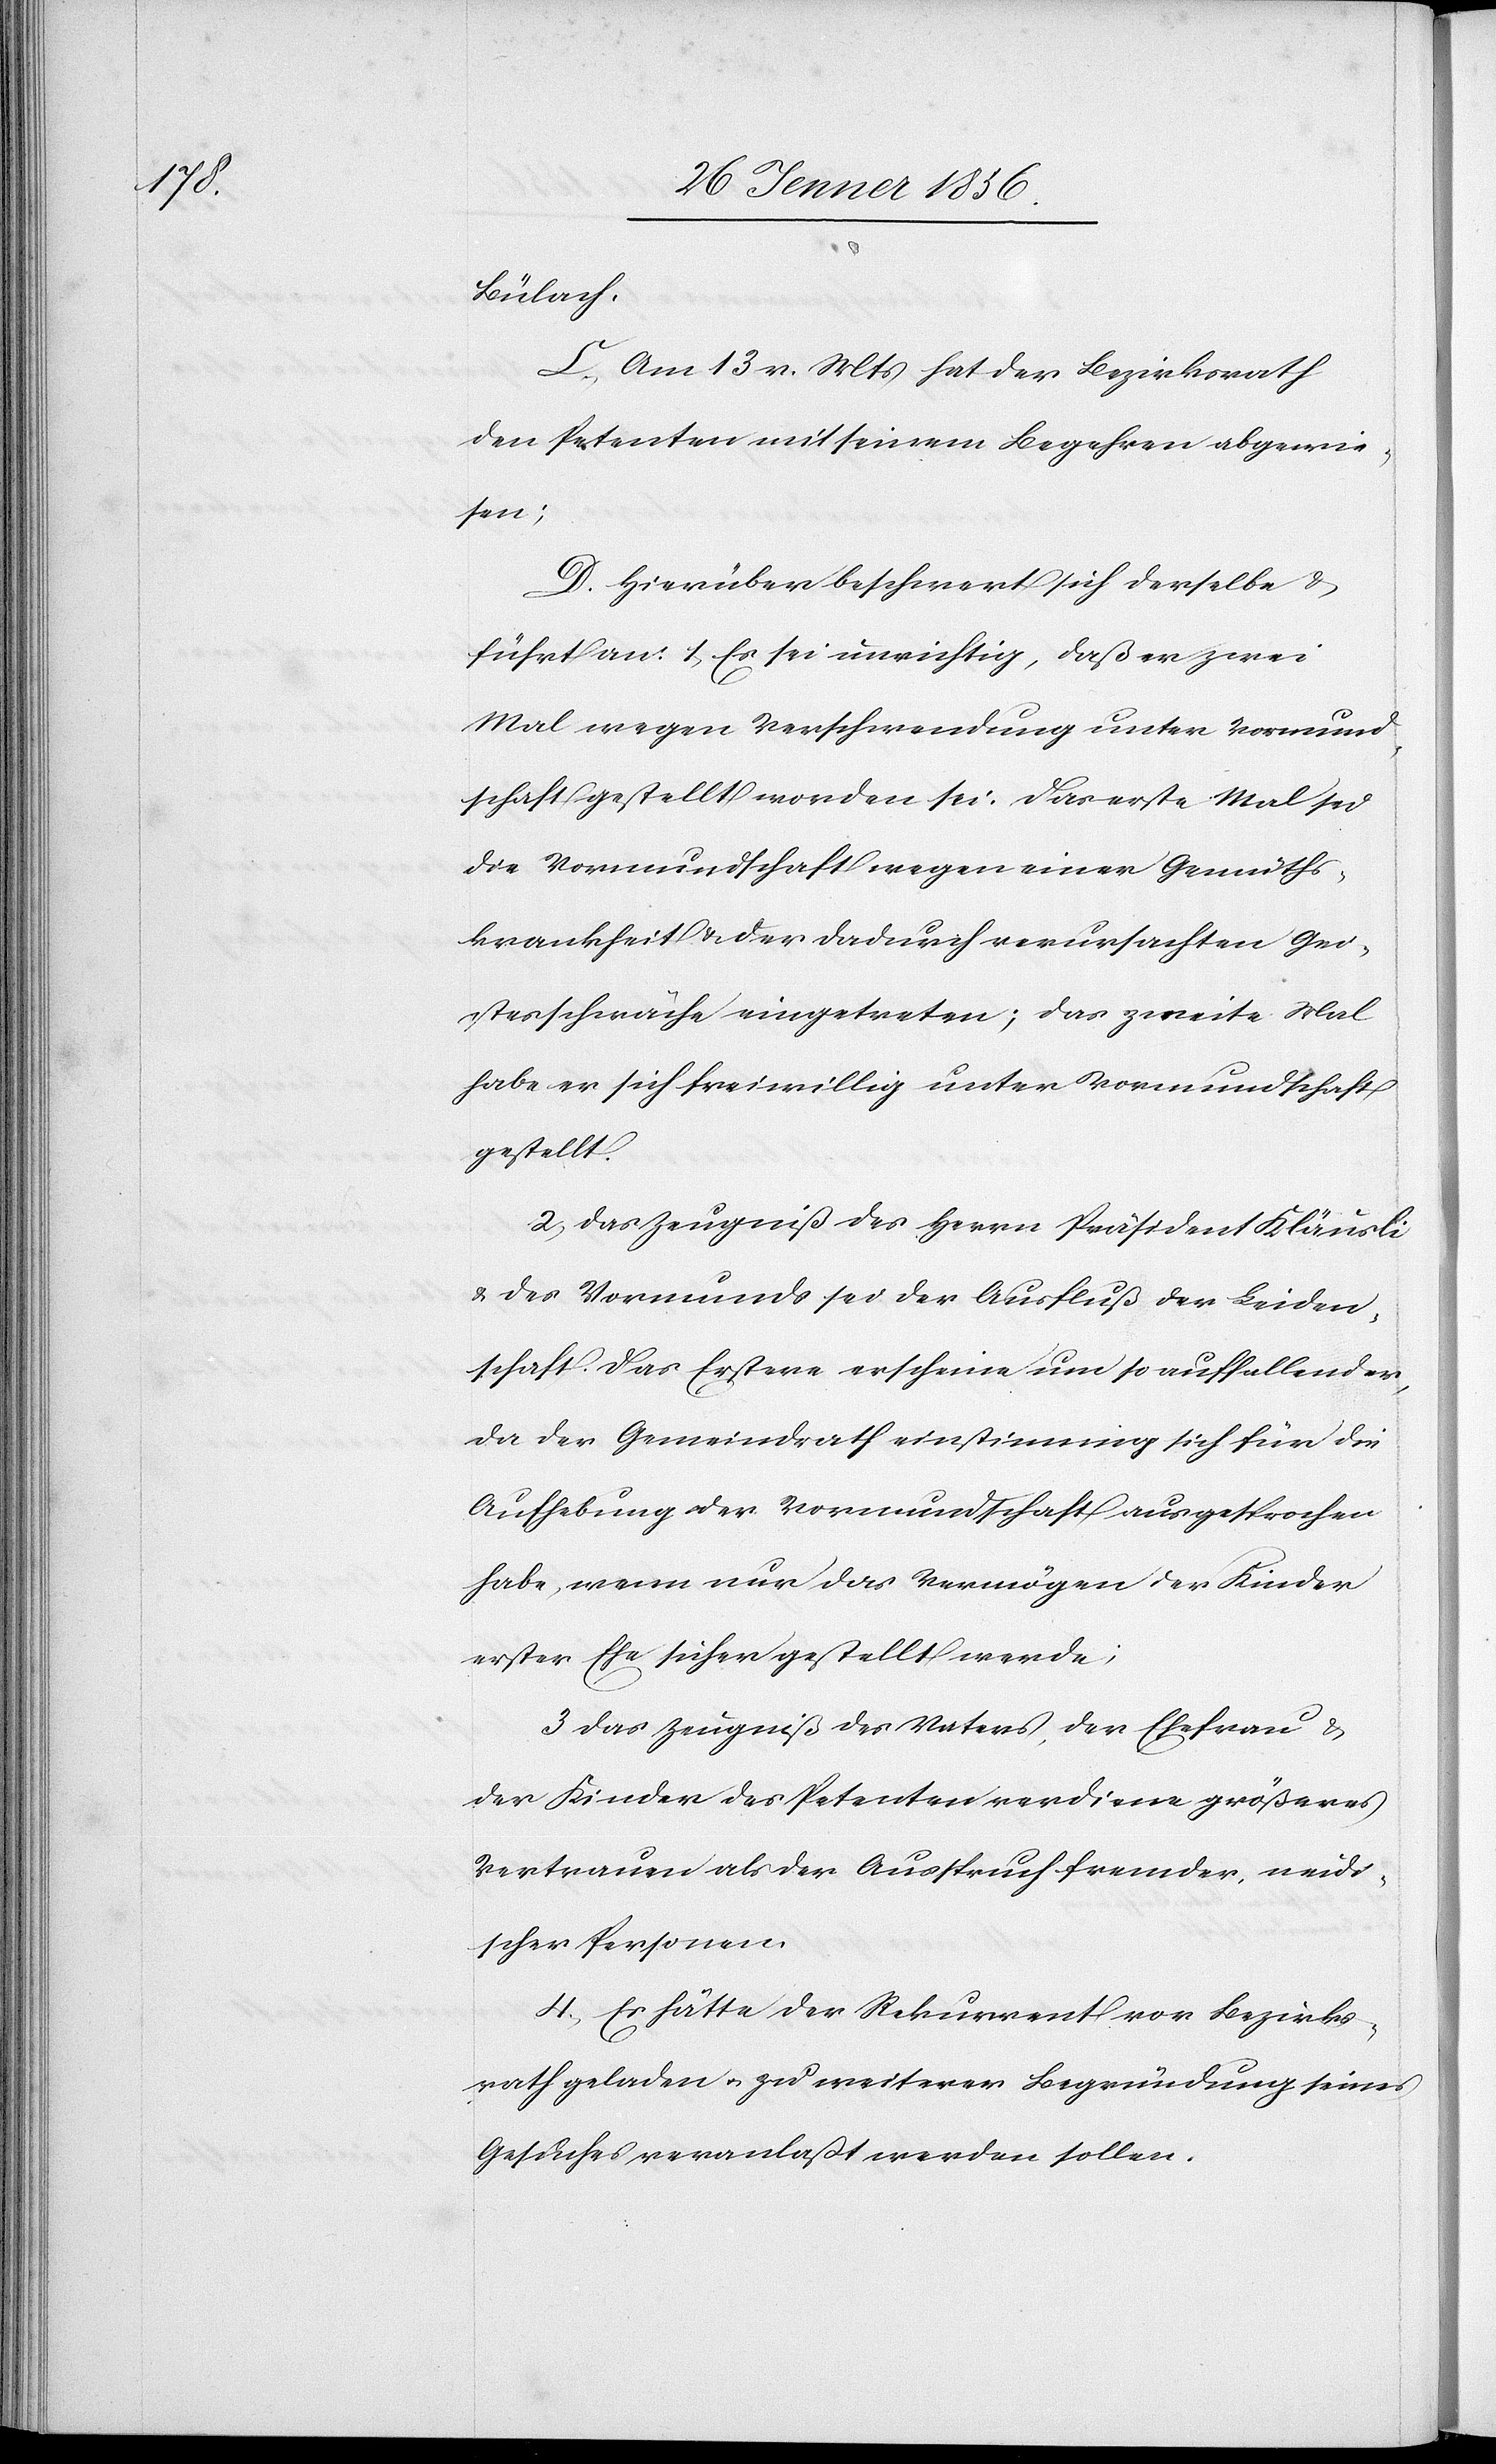
Bülach.
C. Am 13 v. Mts hat der Bezirksrath
den Petenten mit seinem Begehren abgewie¬
sen;
D. Hierüber beschwert sich derselbe &
führt an: 1, Es sei unrichtig, daß er zwei
Mal wegen Verschwendung unter Vormund¬
schaft gestellt worden sei. Das erste Mal sei
die Vormundschaft wegen einer Gemüths¬
krankheit & der dadurch verursachten Gei¬
stesschwäche eingetreten; das zweite Mal
habe er sich freiwillig unter Vormundschaft
gestellt.
2, Das Zeugniß des Herrn Präsident Kläusli
u. des Vormunds sei der Ausfluß der Leiden¬
schaft. Das Erstere erscheine um so auffallender,
da der Gemeindrath einstimmig sich für die
Aufhebung der Vormundschaft ausgesprochen
habe, wenn nur das Vermögen der Kinder
erster Ehe sicher gestellt werde;
3 Das Zeugniß des Vaters, der Ehefrau &
der Kinder des Petenten verdiene größeres
Vertrauen als der Ausspruch fremder, neidi¬
scher Personen.
4., Es hätte der Rekurrent vor Bezirks¬
rath geladen u. zu weiterer Begründung seines
Gesuches veranlaßt werden sollen.